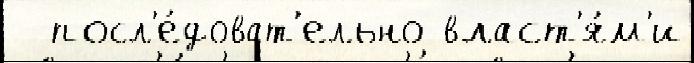
  посл'е́доват'ельно власт'я́м'и